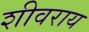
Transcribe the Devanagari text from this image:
शीवराय